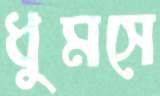
ধুমসে